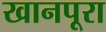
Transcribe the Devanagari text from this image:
खानपूरा